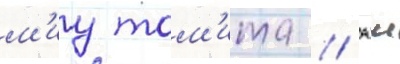
м'иу том'ита // Аи